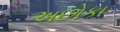
અછોકા